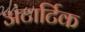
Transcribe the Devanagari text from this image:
अंटार्टिक